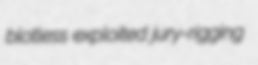
blotless exploited jury-rigging